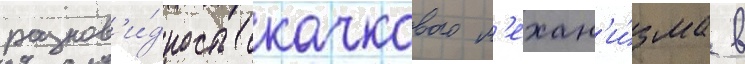
разнов'и́дность скачкового м'ехан'и́зма в